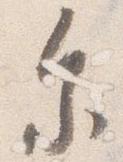
参